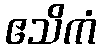
ဧသိကံ